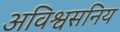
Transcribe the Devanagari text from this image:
अविश्वसनिय